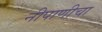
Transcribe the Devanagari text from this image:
नीपाणीचा